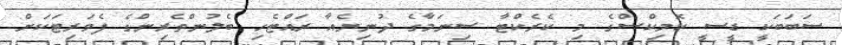
ސަބަބަކީ ޑީސީ ކޮމިކްސްގެ މި ކެރެކްޓާ ސިނަމާގެ ދުނިޔެއާ ރައްޓެހި ބެލުންތެރިންގެ ފެވަރިޓަކަށް